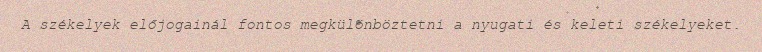
A székelyek előjogainál fontos megkülönböztetni a nyugati és keleti székelyeket.